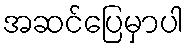
အဆင်ပြေမှာပါ